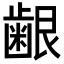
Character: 𮯅